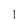
Character: 1